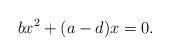
LaTeX: \begin{align*}bx^2+(a-d)x=0.\end{align*}